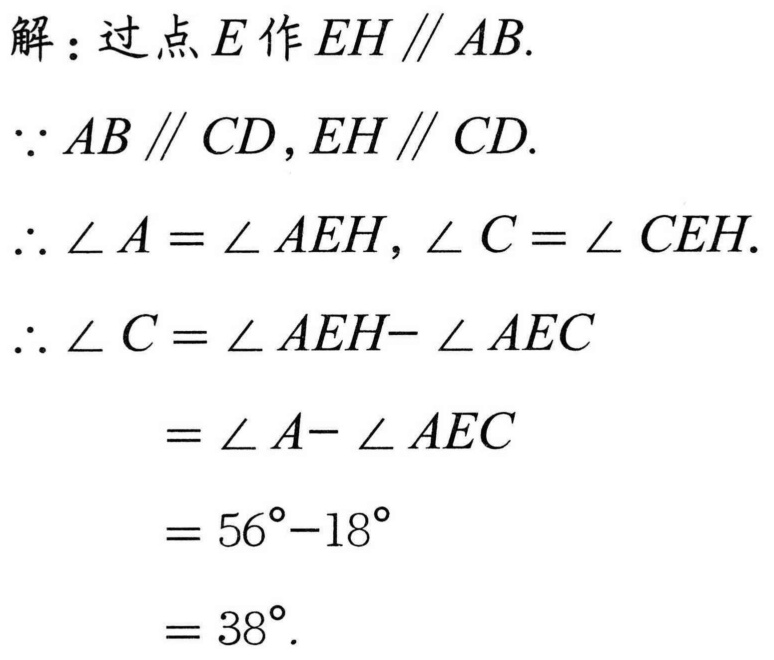
解：过点\(E\)作\(EH \parallel AB\).
\(\because AB \parallel CD\), \(EH \parallel CD\).
\(\therefore \angle A = \angle AEH\), \(\angle C = \angle CEH\).
\(\therefore \angle C=\angle AEH - \angle AEC\)
\(=\angle A - \angle AEC\)
\(=56^{\circ}-18^{\circ}\)
\(=38^{\circ}\).